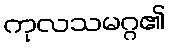
ကုလသမဂ္ဂ၏